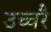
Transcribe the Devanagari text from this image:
उच्‍चरै